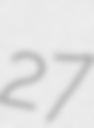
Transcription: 27